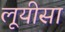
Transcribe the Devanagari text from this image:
लूयीसा